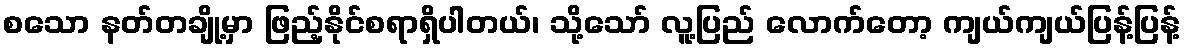
စသော နတ်တချို့မှာ ဖြည့်နိုင်စရာရှိပါတယ်၊ သို့သော် လူ့ပြည် လောက်တော့ ကျယ်ကျယ်ပြန့်ပြန့်